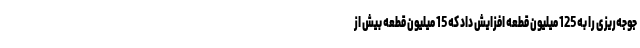
جوجه‌ریزی را به 125 میلیون قطعه افزایش داد که 15 میلیون قطعه بیش از